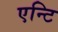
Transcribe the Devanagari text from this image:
एन्टि